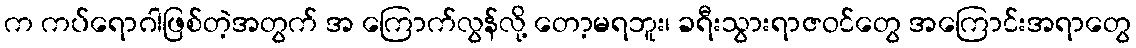
က ကပ်ရောဂါဖြစ်တဲ့အတွက် အ ကြောက်လွန်လို့ တော့မရဘူး၊ ခရီးသွားရာဇဝင်တွေ အကြောင်းအရာတွေ